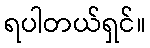
ရပါတယ်ရှင်။